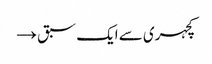
کچہری سے ایک سبق →